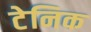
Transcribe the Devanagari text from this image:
टेनिक